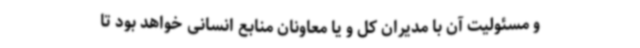
و مسئولیت آن با مدیران‌ کل و یا معاونان منابع انسانی خواهد بود تا